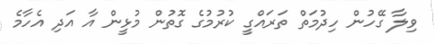
ވިލާ ގޭހުން ހިދުމަތް ތަރައްގީ ކުރުމުގެ ގޮތުން މުޅީން އާ އަދި އެހާމެ